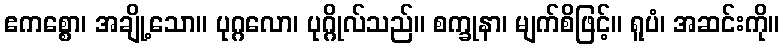
ဧကစ္စော၊ အချို့သော။ ပုဂ္ဂလော၊ ပုဂ္ဂိုလ်သည်။ စက္ခုနာ၊ မျက်စိဖြင့်။ ရူပံ၊ အဆင်းကို။